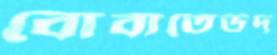
বোবাতেউদ্